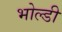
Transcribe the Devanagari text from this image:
भोल्डी